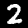
Label: 2